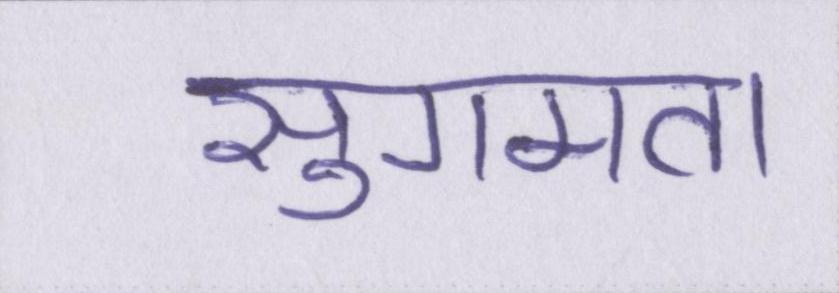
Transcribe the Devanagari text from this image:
सुगमता